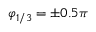
\varphi _ { 1 / 3 } = \pm 0 . 5 \pi